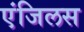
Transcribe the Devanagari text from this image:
एंजिलस